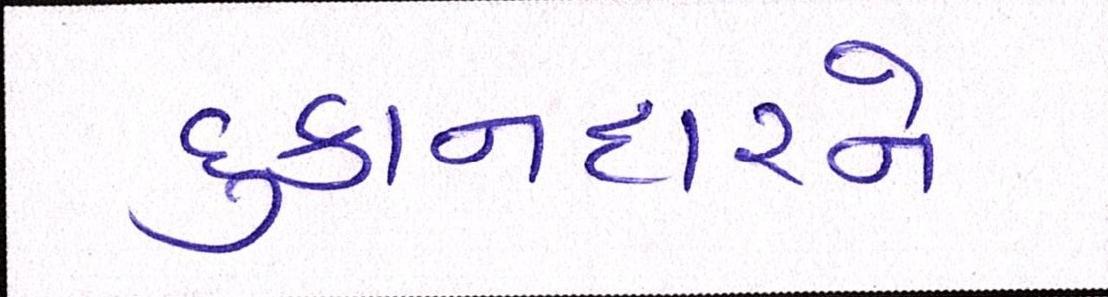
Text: દુકાનદારને